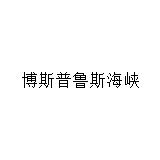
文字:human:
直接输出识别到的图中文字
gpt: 博斯普鲁斯海峡